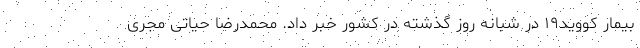
بیمار کووید۱۹ در شبانه روز گذشته در کشور خبر داد. محمدرضا حیاتی مجری